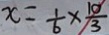
x = \frac { 1 } { 6 } \times \frac { 1 0 } { 3 }